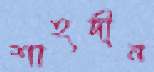
শাহদীন